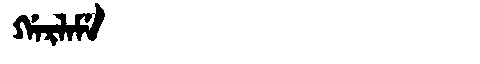
Manchu: ᡤᠠᡵᠯᠠᠮᡝ
Romanization: GARLAME